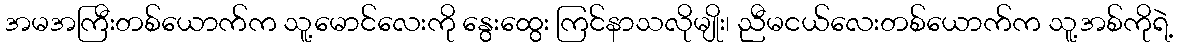
အမအကြီးတစ်ယောက်က သူ့မောင်လေးကို နွေးထွေး ကြင်နာသလိုမျိုး၊ ညီမငယ်လေးတစ်ယောက်က သူ့အစ်ကိုရဲ့